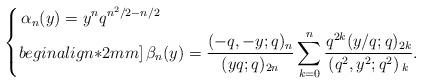
LaTeX: \begin{align*} \begin{cases} \,\alpha_n(y)=\displaystyle y^nq^{n^2/2-n/2}\\begin{align*}2mm] \displaystyle \, \beta_n(y)=\frac{(-q,-y;q){}_n }{(yq;q){}_{2n}}\sum_{k=0}^{n} \frac{q^{2k}(y/q;q){}_{2k}}{\left(q^2,y^2;q^2\right){}_{k}}. \end{cases} \end{align*}